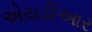
એચડીઆર